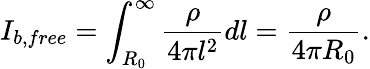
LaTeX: I_{b,free}=\int_{R_{0}}^{\infty}\frac{\rho}{4\pi l^{2}}dl=\frac{\rho}{4\pi R_{0}}.